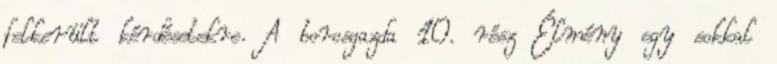
felkerült kérdésetekre. A borosgazda 10. rész Élmény egy sokkal